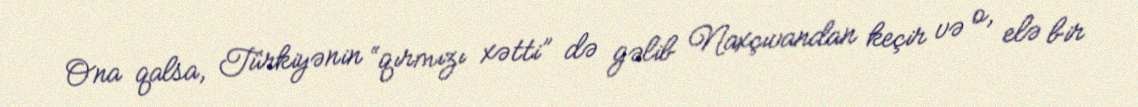
Ona qalsa, Türkiyənin “qırmızı xətti” də gəlib Naxçıvandan keçir və o, elə bir